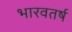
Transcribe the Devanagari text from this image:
भारवतर्ष